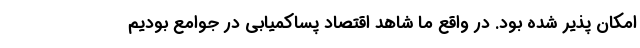
امکان پذیر شده بود. در واقع ما شاهد اقتصاد پساکمیابی در جوامع بودیم